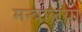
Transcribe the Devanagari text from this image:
मन्त्रालयो